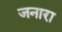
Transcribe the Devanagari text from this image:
जनारा